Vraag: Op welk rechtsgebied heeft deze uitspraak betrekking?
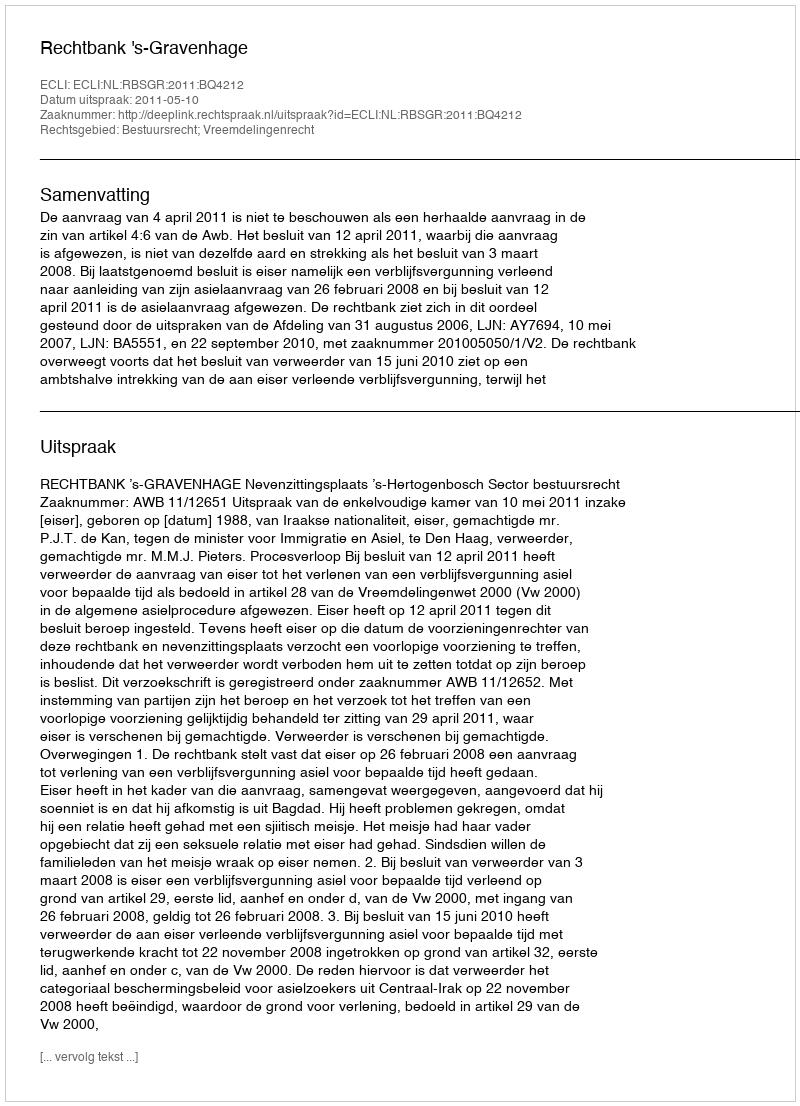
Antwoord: Bestuursrecht; Vreemdelingenrecht